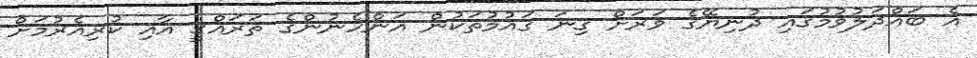
އެ ބައްދަލުވުމުގައި ދުނިޔޭގެ ވަރަށް ގިނަ ގައުމުތަކުން އަންހެނުންގެ ތަރައްގީ އާއި ކުރިއެރުމަށް